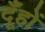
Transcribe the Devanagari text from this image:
दूँहों